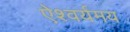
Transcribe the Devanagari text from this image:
ऐश्वर्यमय